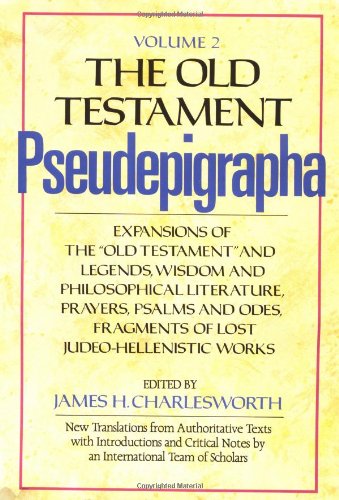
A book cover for The Old Testament Pseudepigrapha, Vol. 2: Expansions of the Old Testament and Legends, Wisdom and Philosophical Literature, Prayers, Psalms, and Odes, Fragments of Lost Judeo-Hellenistic works; Christian Books & Bibles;